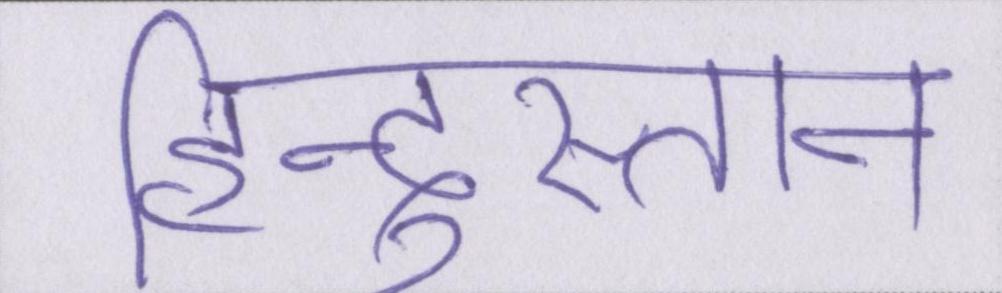
हिन्दुस्तान